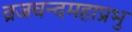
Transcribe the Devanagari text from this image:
व्रजचन्दमहाप्रभु